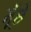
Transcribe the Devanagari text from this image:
मूँछे